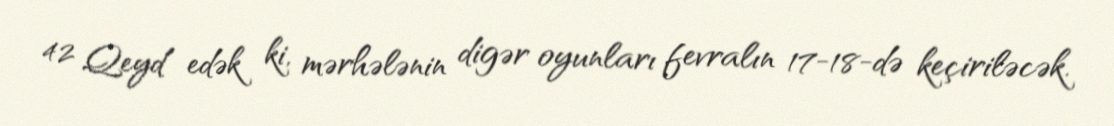
42 Qeyd edək ki, mərhələnin digər oyunları fevralın 17-18-də keçiriləcək.